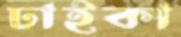
ঢাইকা